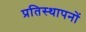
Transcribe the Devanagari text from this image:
प्रतिस्थापनों